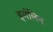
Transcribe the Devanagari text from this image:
इर्मलिन